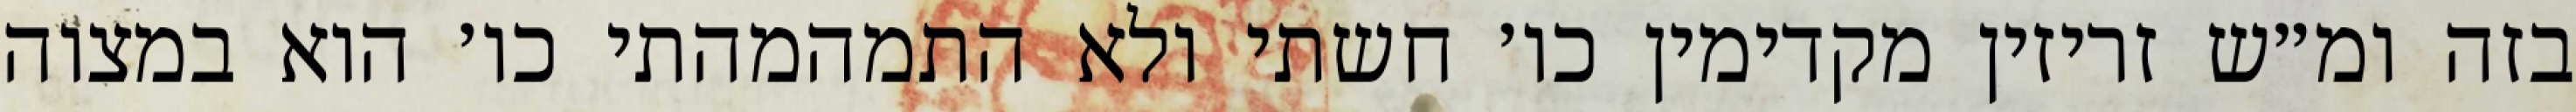
בזה ומ״ש זריזין מקדימין כו׳ חשתי ולא התמהמהתי כו׳ הוא במצוה